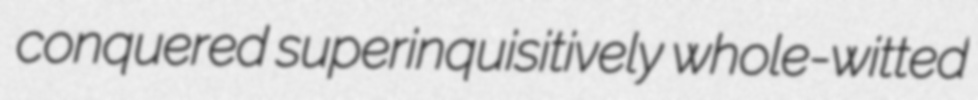
conquered superinquisitively whole-witted